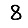
Digit: 8